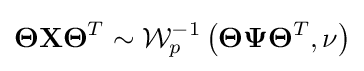
\mathbf {\Theta } \mathbf {X} {\mathbf {\Theta } }^{T}\sim {\mathcal {W}}_{p}^{-1}\left({\mathbf {\Theta } }{\mathbf {\Psi } }{\mathbf {\Theta } }^{T},\nu \right)